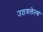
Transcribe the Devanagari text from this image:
उठवलेल्य